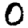
Digit: 0